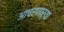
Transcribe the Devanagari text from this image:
आचरणाऱ्या